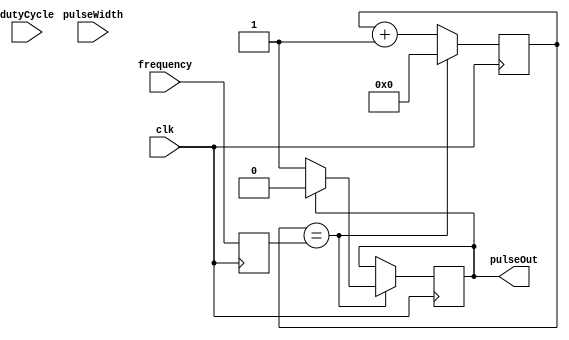
module ProgrammablePulseGenerator (
    input wire clk,
    input wire [7:0] pulseWidth,
    input wire [7:0] frequency,
    input wire [7:0] dutyCycle,
    output reg pulseOut
);

reg [7:0] count;
reg [7:0] countMax;
reg [7:0] highCount;

always @(posedge clk) begin
    if (count == countMax) begin
        count <= 8'b0;
        
        if (pulseOut == 1'b1) begin
            pulseOut <= 1'b0;
        end
        else begin
            pulseOut <= 1'b1;
        end
    end
    else begin
        count <= count + 1;
    end
end

always @(posedge clk) begin
    countMax <= frequency;
    highCount <= countMax * dutyCycle / 100;
end

endmodule